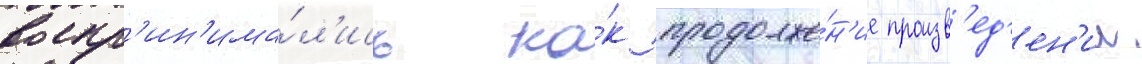
воспр'ин'има́л'ись ка́к продолже́н'ие произв'ед'ен'ии